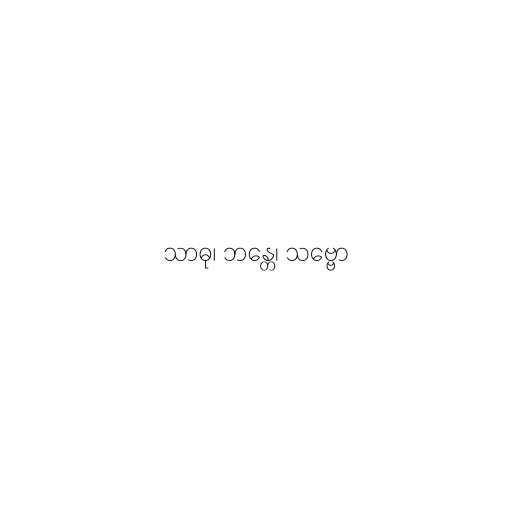
သာဓု၊ ဘန္တေ၊ သဗ္ဗော